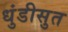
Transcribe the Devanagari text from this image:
धुंडीसुत